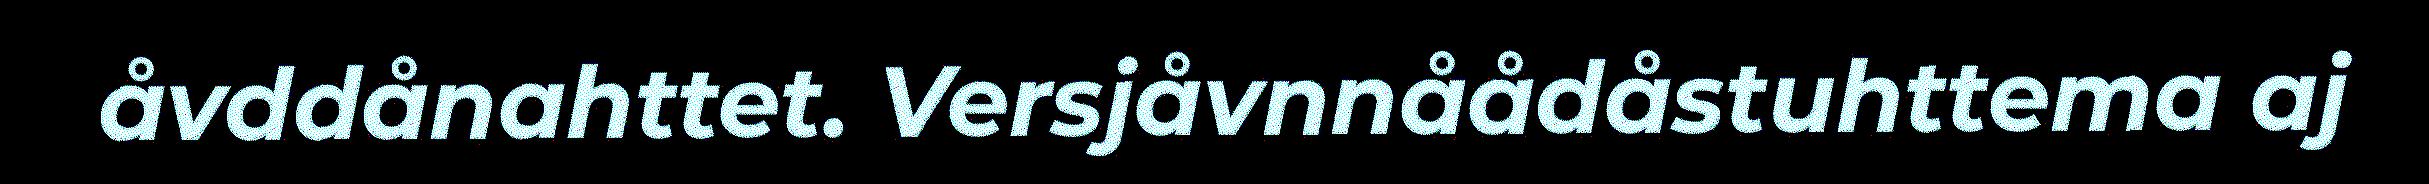
åvddånahttet. Versjåvnnåådåstuhttema aj